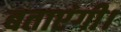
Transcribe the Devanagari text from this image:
बताएंगी।